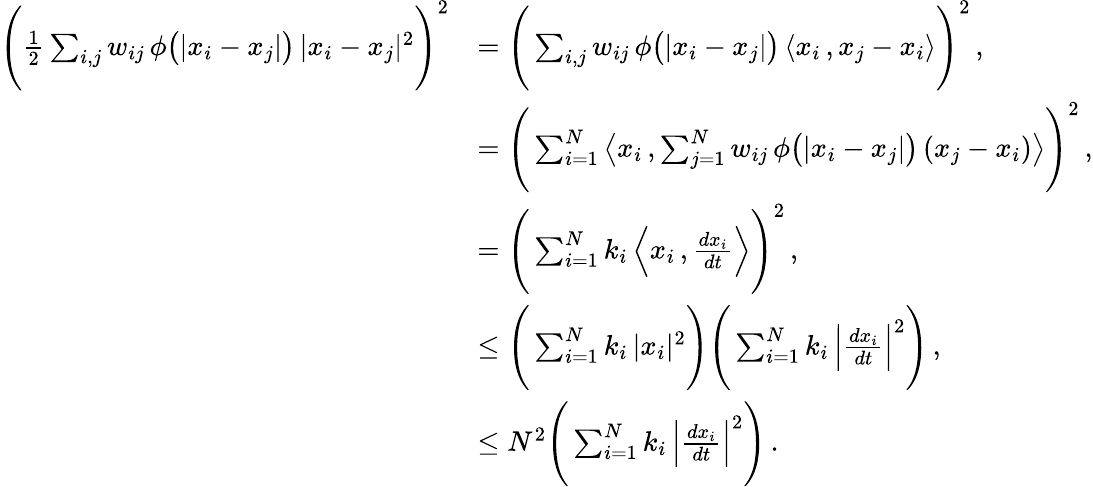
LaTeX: \begin{array}{rl}{\Bigg(\frac{1}{2}\sum_{i,j}w_{ij}\, \phi\big(|x_{i}-x_{j}|\big)\, |x_{i}-x_{j}|^{2}\Bigg)^{2}}&{=\Bigg(\sum_{i,j}w_{ij}\, \phi\big(|x_{i}-x_{j}|\big)\, \langle x_{i}\, ,x_{j}-x_{i}\rangle\Bigg)^{2}\, ,}\\ &{=\Bigg(\sum_{i=1}^{N}\big\langle x_{i}\, ,\sum_{j=1}^{N}w_{ij}\, \phi\big(|x_{i}-x_{j}|\big)\, (x_{j}-x_{i})\big\rangle\Bigg)^{2}\, ,}\\ &{=\Bigg(\sum_{i=1}^{N}k_{i}\, \Big\langle x_{i}\, ,\frac{dx_{i}}{dt}\Big\rangle\Bigg)^{2}\, ,}\\ &{\leq\Bigg(\sum_{i=1}^{N}k_{i}\, |x_{i}|^{2}\Bigg)\Bigg(\sum_{i=1}^{N}k_{i}\, \Big|\frac{dx_{i}}{dt}\Big|^{2}\Bigg)\, ,}\\ &{\leq N^{2}\Bigg(\sum_{i=1}^{N}k_{i}\, \Big|\frac{dx_{i}}{dt}\Big|^{2}\Bigg)\, .}\end{array}